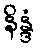
နိန္ဒံ